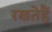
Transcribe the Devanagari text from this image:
रखतेहैं